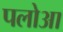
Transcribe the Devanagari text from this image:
पलोआ